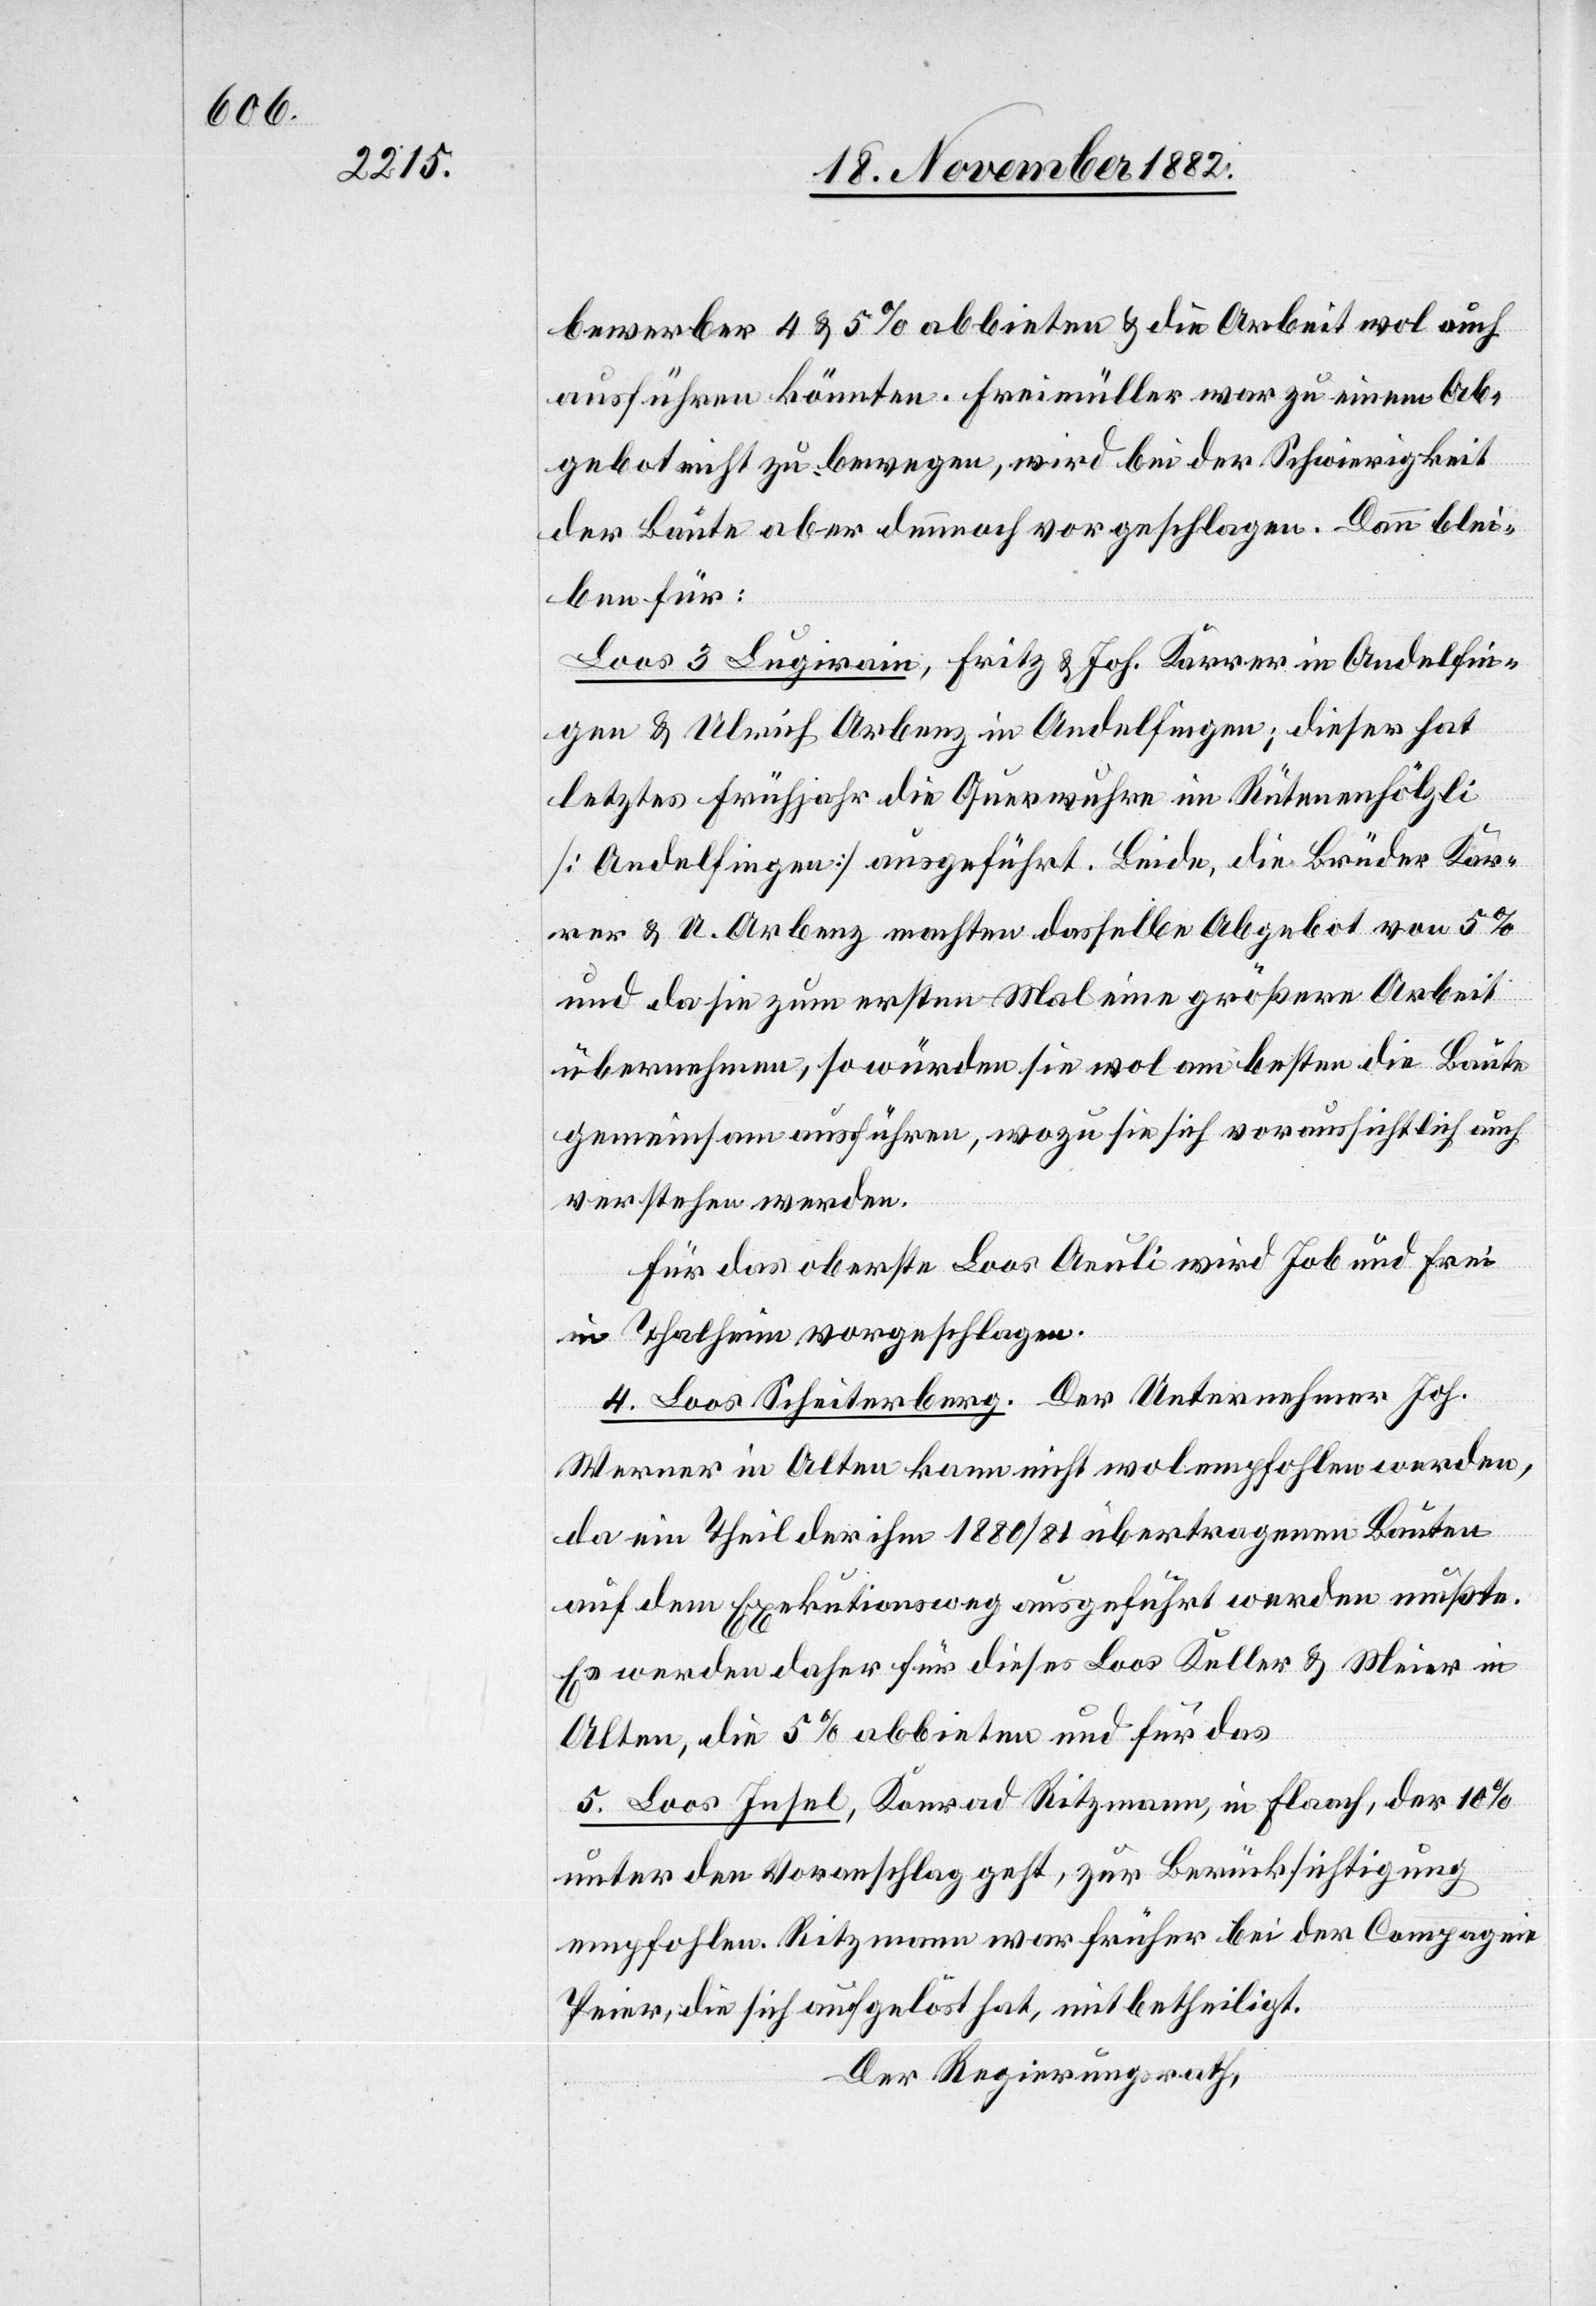
bewerber 4 & 5% abbieten & die Arbeit wol auch
ausführen könnten. Freimüller war zu einem Ab¬
gebot nicht zu bewegen, wird bei der Schwierigkeit
der Baute aber dennoch vorgeschlagen. Dann blie¬
ben für:
Loos 3 Legirain, Fritz & Joh. Karrer in Andelfin¬
gen & Ulrich Arbenz in Andelfingen; dieser hat
letztes Frühjahr die Querwuhre im Rütenhölzli
[Andelfingen] ausgeführt. Beide, die Brüder Kar¬
rer & U. Arbenz machten dasselbe Angebot von 5%
und da sie zum ersten Mal eine größere Arbeit
übernehmen, so würden sie wol am besten die Baute
gemeinsam ausführen, wozu sie sich voraussichtlich auch
verstehen werden.
Für das oberste Loos Aeuli wird [recte: werden]
in Thalheim vorgeschlagen.
4. Loos Scheiterberg. Der Unternehmer Joh.
Werner in Alten kann nicht wol empfohlen werden,
da ein Theil der ihm 1880/81 übertragenen Bauten
auf dem Exekutionsweg ausgeführt werden mußte.
Es werden daher für dieses Loos Keller & Meier in
Alten, die 5% abbieten und für das
5. Loos Insel, Konrad Ritzmann, in Flaach, der 10%
unter den Voranschlag geht, zur Berücksichtigung
empfohlen. Ritzmann war früher bei der Compagnie
Peier, die sich aufgelöst hat, mitbetheiligt.
Der Regierungsrath,